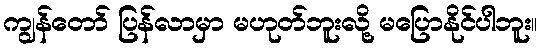
ကျွန်တော် ပြန်လာမှာ မဟုတ်ဘူးလို့ မပြောနိုင်ပါဘူး။